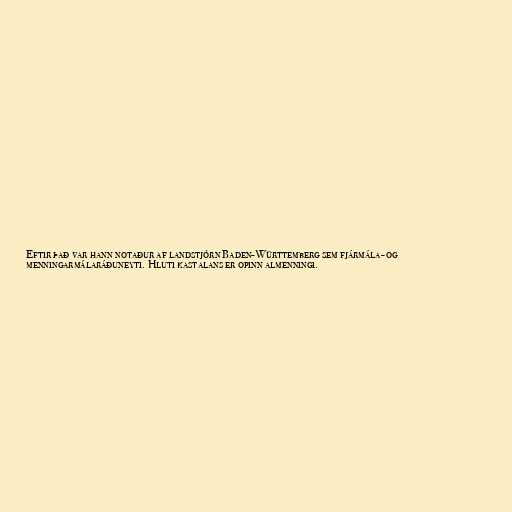
Eftir það var hann notaður af landstjórn Baden-Württemberg sem fjármála- og
menningarmálaráðuneyti. Hluti kastalans er opinn almenningi.